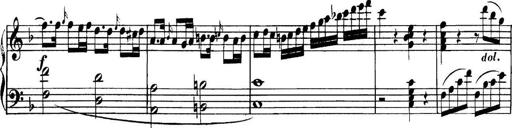
Title: Collected Piano Sonatas
Composer: Muzio Clementi